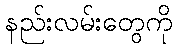
နည်းလမ်းတွေကို